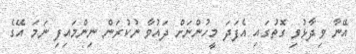
އޭނާ ވިދާޅުވި ގޮތުގައި އެފަދަ މީހުންނަށް ދައުވާ ނުކުރަން ނިންމައިފި ނަމަ އޭގެ